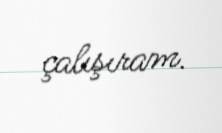
çalışıram.